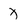
Character: x